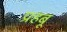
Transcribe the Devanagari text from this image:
प्रहबू